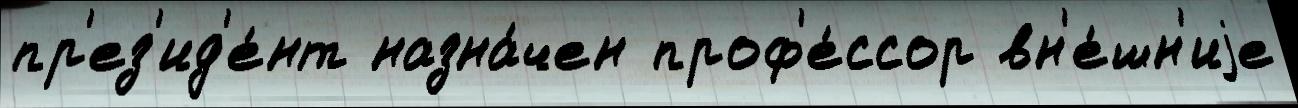
пр'ез'ид'е́нт назна́чен проф'е́ссор вн'е́шн'иjе